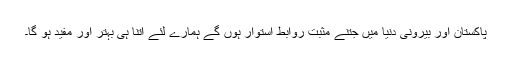
پاکستان اور بیرونی دنیا میں جتنے مثبت روابط استوار ہوں گے ہمارے لئے اتنا ہی بہتر اور مفید ہو گا۔